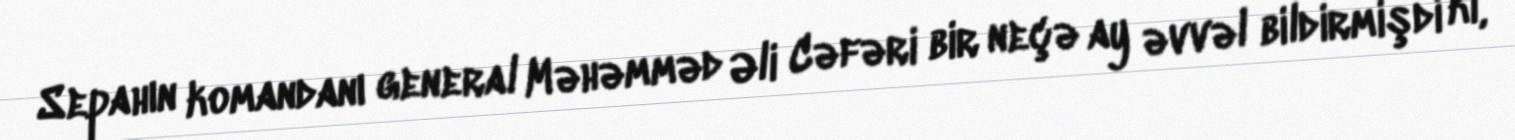
Sepahın komandanı general Məhəmməd Əli Cəfəri bir neçə ay əvvəl bildirmişdi ki,